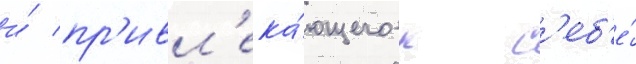
и́ пр'ивл'ека́ющего к с'еб'е́